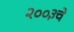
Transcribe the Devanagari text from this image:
२००३चे